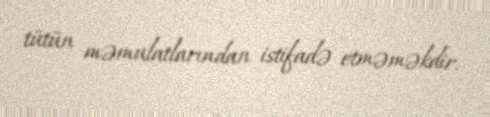
tütün məmulatlarından istifadə etməməkdir.